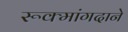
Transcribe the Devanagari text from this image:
रूक्मांगदाने